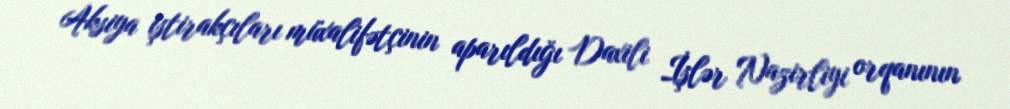
Aksiya iştirakçıları müxalifətçinin aparıldığı Daxili İşlər Nazirliyi orqanının